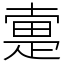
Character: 疐